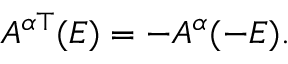
A ^ { \alpha \top } ( E ) = - A ^ { \alpha } ( - E ) .